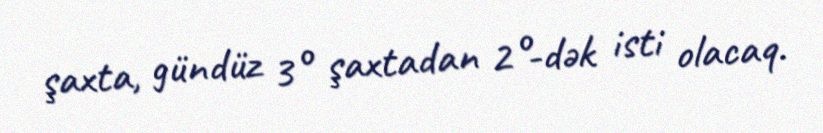
şaxta, gündüz 3° şaxtadan 2°-dək isti olacaq.